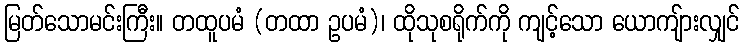
မြတ်သောမင်းကြီး။ တထူပမံ (တထာ ဥပမံ)၊ ထိုသုစရိုက်ကို ကျင့်သော ယောကျ်ားလျှင်